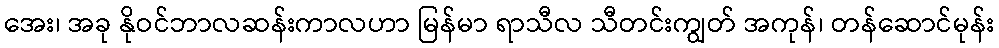
အေး၊ အခု နိုဝင်ဘာလဆန်းကာလဟာ မြန်မာ ရာသီလ သီတင်းကျွတ် အကုန်၊ တန်ဆောင်မုန်း